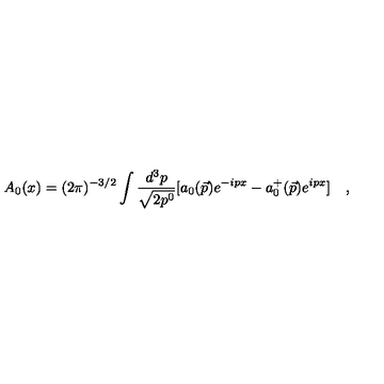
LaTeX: A _ { 0 } ( x ) = ( 2 \pi ) ^ { - 3 / 2 } \int \frac { d ^ { 3 } p } { \sqrt { 2 p ^ { 0 } } } [ a _ { 0 } ( \vec { p } ) e ^ { - i p x } - a _ { 0 } ^ { + } ( \vec { p } ) e ^ { i p x } ] \quad ,